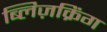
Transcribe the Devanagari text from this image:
ब्लिज़क्रिंग